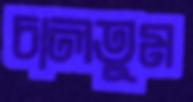
চালতুম